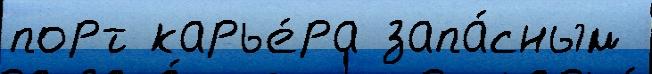
порт карье́ра запа́сным